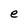
Character: e